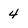
Character: 4